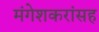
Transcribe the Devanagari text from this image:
मंगेशकरांसह